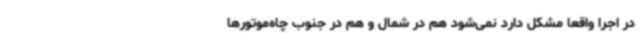
در اجرا واقعا مشکل دارد نمی‌شود هم در شمال و هم در جنوب چاه‌موتورها